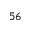
^ { 5 6 }